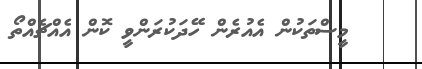
މީސްތަކުން އެއުރެން ހޭދަކުރަންވީ ކޮން އެއްޗެއްތޯ